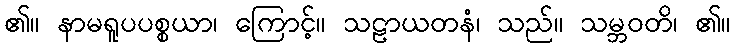
၏။ နာမရူပပစ္စယာ၊ ကြောင့်။ သဠာယတနံ၊ သည်။ သမ္ဘဝတိ၊ ၏။